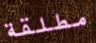
مطلقة